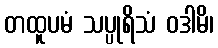
တထူပမံ သပ္ပုရိသံ ဝဒါမိ၊